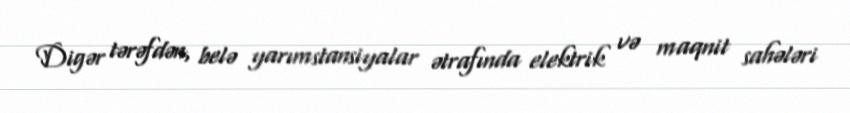
Digər tərəfdən, belə yarımstansiyalar ətrafında elektrik və maqnit sahələri